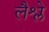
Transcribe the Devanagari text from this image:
लैश्ले